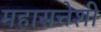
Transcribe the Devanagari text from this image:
महासत्तेशी